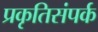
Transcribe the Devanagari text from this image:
प्रकृतिसंपर्क